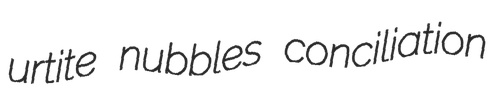
urtite nubbles conciliation